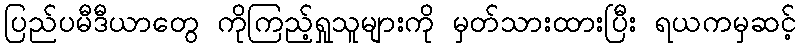
ပြည်ပမီဒီယာတွေ ကိုကြည့်ရှုသူများကို မှတ်သားထားပြီး ရယကမှဆင့်